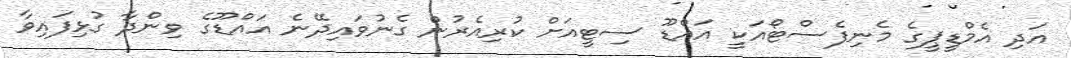
އަދި އެމްޑީޕީގެ މެނިފެސްޓޯއަކީ އައްޑޫ ސިޓީއަށް ކުރިއެރުން ގެނުވައިދޭނެ އައްޑޫގެ ވިންދާ ގުޅިފައިވާ